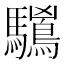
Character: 𱄻